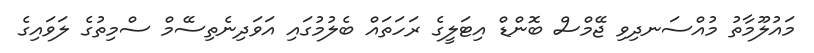
މައުލޫމާތު މުއްސަނދިވި ޖޭމްސް ބޮންޑް އިޓަލީގެ ރަހަތައް ބެލުމުގައި އަވަދިނެތިސޭމް ސްމިތުގެ ލަވައިގެ